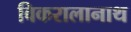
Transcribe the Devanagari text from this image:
विकरालानाथ